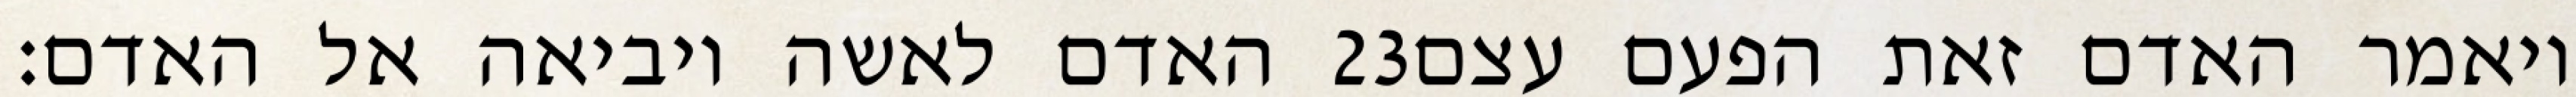
האדם לאשה ויביאה אל האדם׃ ‎23‏ ויאמר האדם זאת הפעם עצם